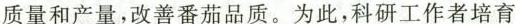
质量和产量，改善番茄品质。为此，科研工作者培育